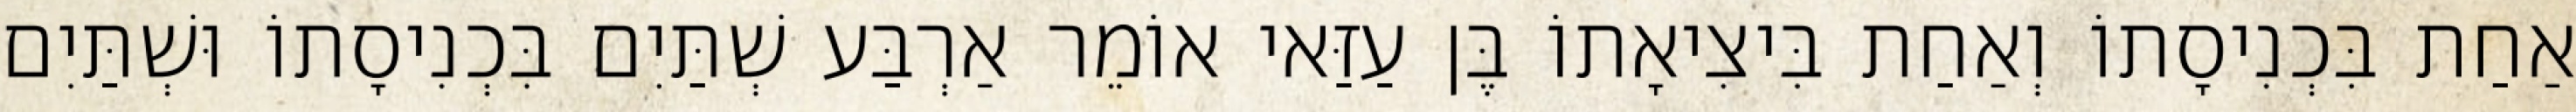
אַחַת בִּכְנִיסָתוֹ וְאַחַת בִּיצִיאָתוֹ בֶּן עַזַּאי אוֹמֵר אַרְבַּע שְׁתַּיִם בִּכְנִיסָתוֹ וּשְׁתַּיִם